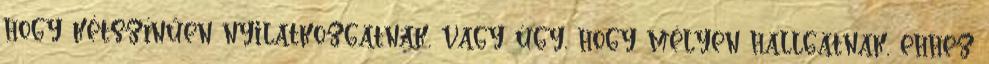
hogy kétszínűen nyilatkozgatnak, vagy úgy, hogy mélyen hallgatnak, ehhez